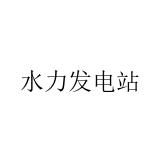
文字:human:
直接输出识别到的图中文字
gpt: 水力发电站